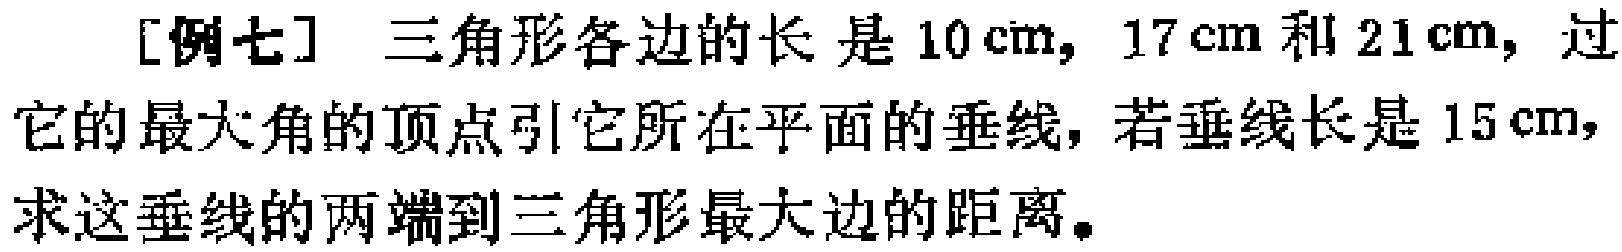
[例七] 三角形各边的长是 \(10\mathrm{cm}\)，\(17\mathrm{cm}\) 和 \(21\mathrm{cm}\)，过它的最大角的顶点引它所在平面的垂线，若垂线长是 \(15\mathrm{cm}\)，求这垂线的两端到三角形最大边的距离。